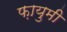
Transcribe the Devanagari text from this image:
फ़ायुमी